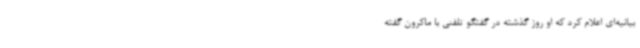
بیانیه‌ای اعلام کرد که او روز گذشته در گفتگو تلفنی با ماکرون گفته